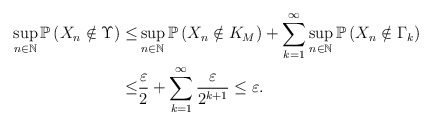
\begin{align*}\sup_{n\in\mathbb{N}}\mathbb{P} \left( X_n \notin \Upsilon \right) \leq & \sup_{n\in\mathbb{N}}\mathbb{P} \left( X_n \notin K_M \right) + \sum_{k=1}^{\infty} \sup_{n\in\mathbb{N}} \mathbb{P} \left( X_n \notin \Gamma_k \right) \\\leq & \frac{\varepsilon}{2} + \sum_{k=1}^{\infty} \frac{\varepsilon}{2^{k+1}} \leq \varepsilon .\end{align*}